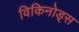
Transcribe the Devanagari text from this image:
विकिनोड्स